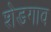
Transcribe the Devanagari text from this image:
शेडगाव